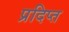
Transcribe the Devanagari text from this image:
प्रदिप्त